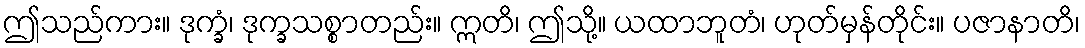
ဤသည်ကား။ ဒုက္ခံ၊ ဒုက္ခသစ္စာတည်း။ ဣတိ၊ ဤသို့။ ယထာဘူတံ၊ ဟုတ်မှန်တိုင်း။ ပဇာနာတိ၊